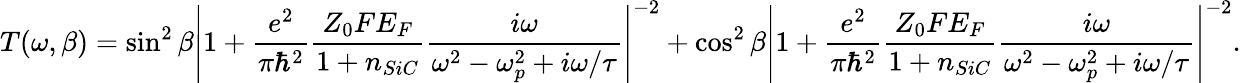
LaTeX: T(\omega,\beta)=\sin^{2}\beta\left|1+\frac{e^{2}}{\pi\hbar^{2}}\frac{Z_{0}FE_{F}}{1+n_{SiC}}\frac{i\omega}{\omega^{2}-\omega_{p}^{2}+i\omega/\tau}\right|^{-2}+\cos^{2}\beta\left|1+\frac{e^{2}}{\pi\hbar^{2}}\frac{Z_{0}FE_{F}}{1+n_{SiC}}\frac{i\omega}{\omega^{2}-\omega_{p}^{2}+i\omega/\tau}\right|^{-2}.